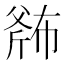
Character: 𱡬